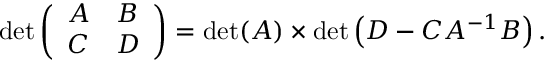
\operatorname* { d e t } { \left( \begin{array} { l l } { A } & { B } \\ { C } & { D } \end{array} \right) } = \operatorname* { d e t } ( A ) \times \operatorname* { d e t } \left( D - C A ^ { - 1 } B \right) .